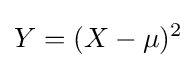
Y=(X-\mu )^{2}